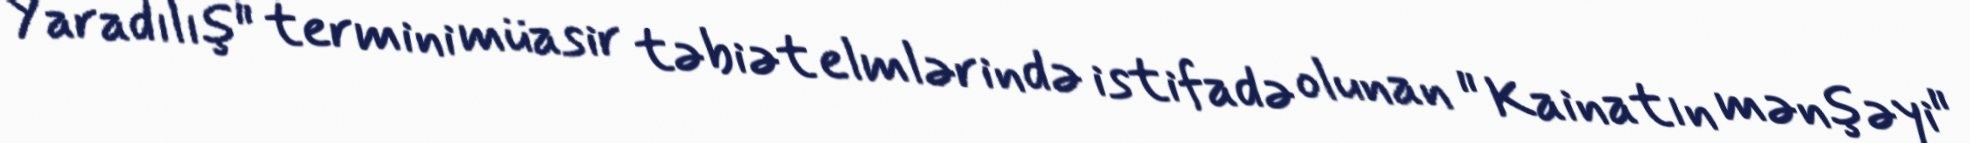
Yaradılış" termini müasir təbiət elmlərində istifadə olunan " Kainatın mənşəyi"